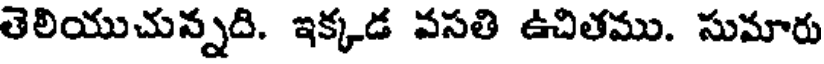
తెలియుచున్నది. ఇక్కడ వసతి ఉచితము. సుమారు